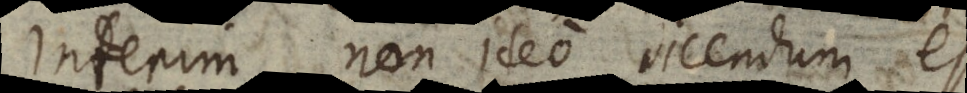
Interim non ideo dicendum es